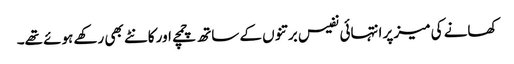
کھانے کی میز پر انتہائی نفیس برتنوں کے ساتھ چمچے اور کانٹے بھی رکھے ہوئے تھے۔